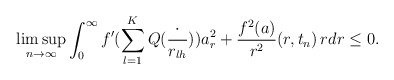
\begin{align*}\limsup_{n\to\infty}\int_0^{\infty}f'(\sum_{l=1}^KQ(\frac{\cdot}{r_{lh}}))a_r^2+\frac{f^2(a)}{r^2}(r,t_n)\,rdr\leq 0.\end{align*}